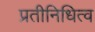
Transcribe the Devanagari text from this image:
प्रतीनिधित्व